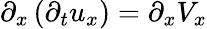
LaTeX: \partial_{x}\left(\partial_{t}u_{x}\right)=\partial_{x}V_{x}